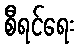
စီရင်ရေး